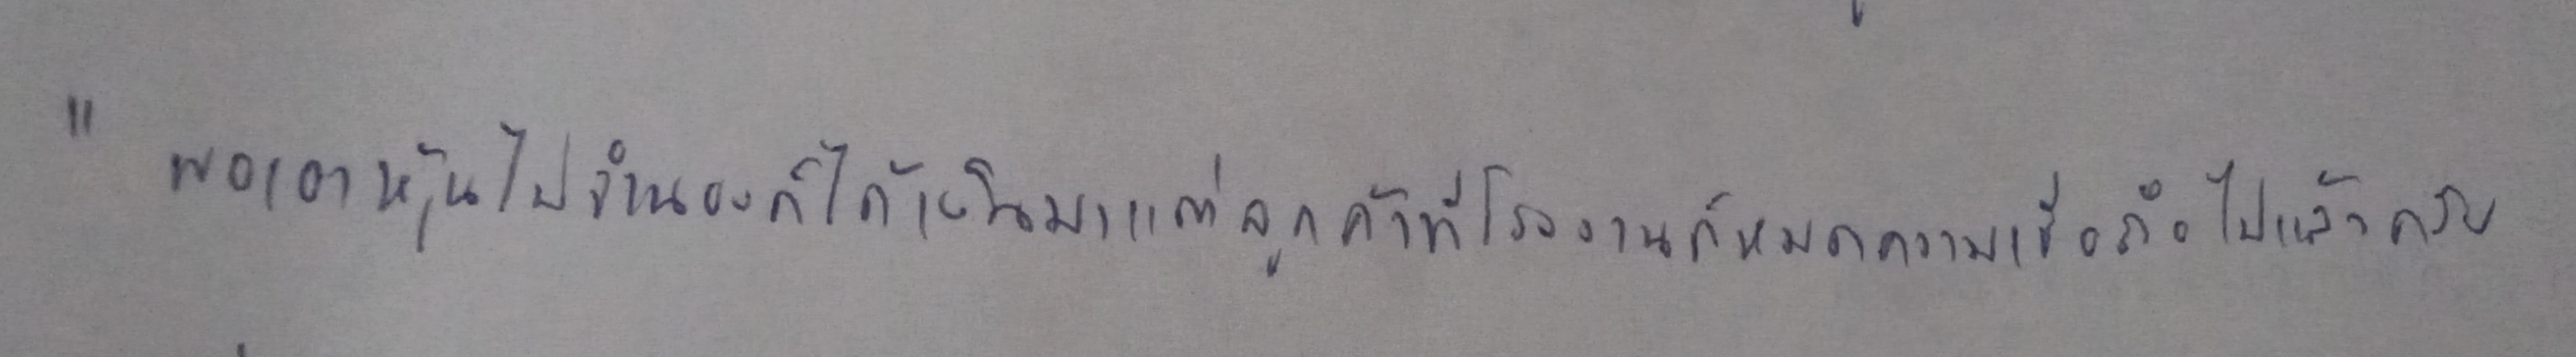
"พอเอาหุ้นไปจำนองก็ได้เงินมาแต่ลูกค้าที่โรงงานก็หมดความเชื่อถือไปแล้วครับ